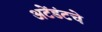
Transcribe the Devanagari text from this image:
अटेंडंटचे